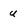
Character: u